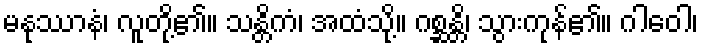
မနုဿာနံ၊ လူတို့၏။ သန္တိကံ၊ အထံသို့။ ဂစ္ဆန္တိ၊ သွားကုန်၏။ ဂါဝေါ၊